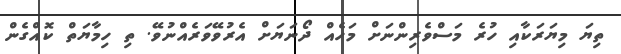
ތިޔަ މިޔަރަކާއި ހުރެ މަސްވެރިންނަށް މަހެއް ދޯނަޔަށް އެރުވޭވަރެއްނުވޭ. ތި ހިމާޔަތް ކޮއްގެން